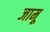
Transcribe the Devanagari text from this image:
जामू